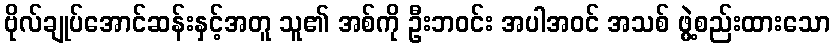
ဗိုလ်ချုပ်အောင်ဆန်းနှင့်အတူ သူ၏ အစ်ကို ဦးဘဝင်း အပါအဝင် အသစ် ဖွဲ့စည်းထားသော